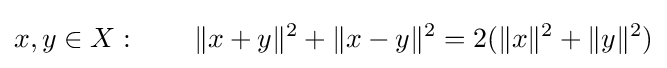
x,y\in X:\qquad \|x+y\|^{2}+\|x-y\|^{2}=2(\|x\|^{2}+\|y\|^{2})